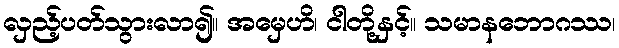
လှည့်ပတ်သွားလာ၍။ အမှေဟိ၊ ငါတို့နှင့်။ သမာနဘောဂဿ၊